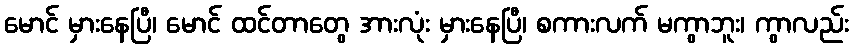
မောင် မှားနေပြီ၊ မောင် ထင်တာတွေ အားလုံး မှားနေပြီ၊ စကားလက် မကွာဘူး၊ ကွာလည်း